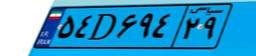
۷۴D۲۲۹۴۹